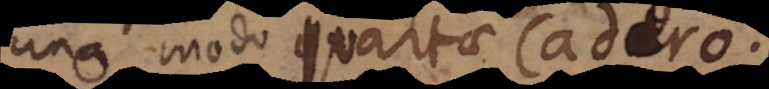
uno modo quartae Cadero.